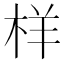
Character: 样